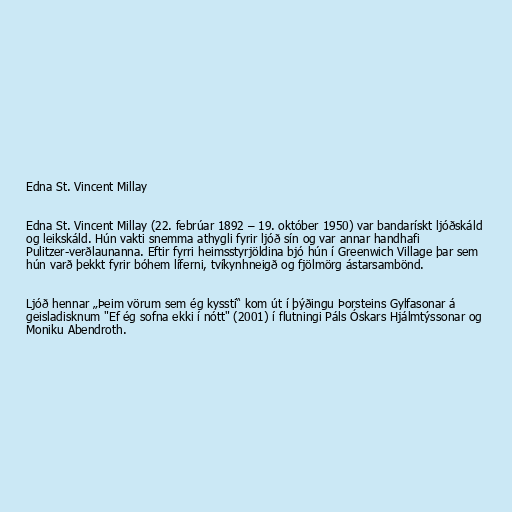
Edna St. Vincent Millay

Edna St. Vincent Millay (22. febrúar 1892 – 19. október 1950) var bandarískt ljóðskáld
og leikskáld. Hún vakti snemma athygli fyrir ljóð sín og var annar handhafi
Pulitzer-verðlaunanna. Eftir fyrri heimsstyrjöldina bjó hún í Greenwich Village þar sem
hún varð þekkt fyrir bóhem líferni, tvíkynhneigð og fjölmörg ástarsambönd.

Ljóð hennar „Þeim vörum sem ég kyssti“ kom út í þýðingu Þorsteins Gylfasonar á
geisladisknum "Ef ég sofna ekki í nótt" (2001) í flutningi Páls Óskars Hjálmtýssonar og
Moniku Abendroth.